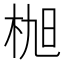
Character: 𣑢